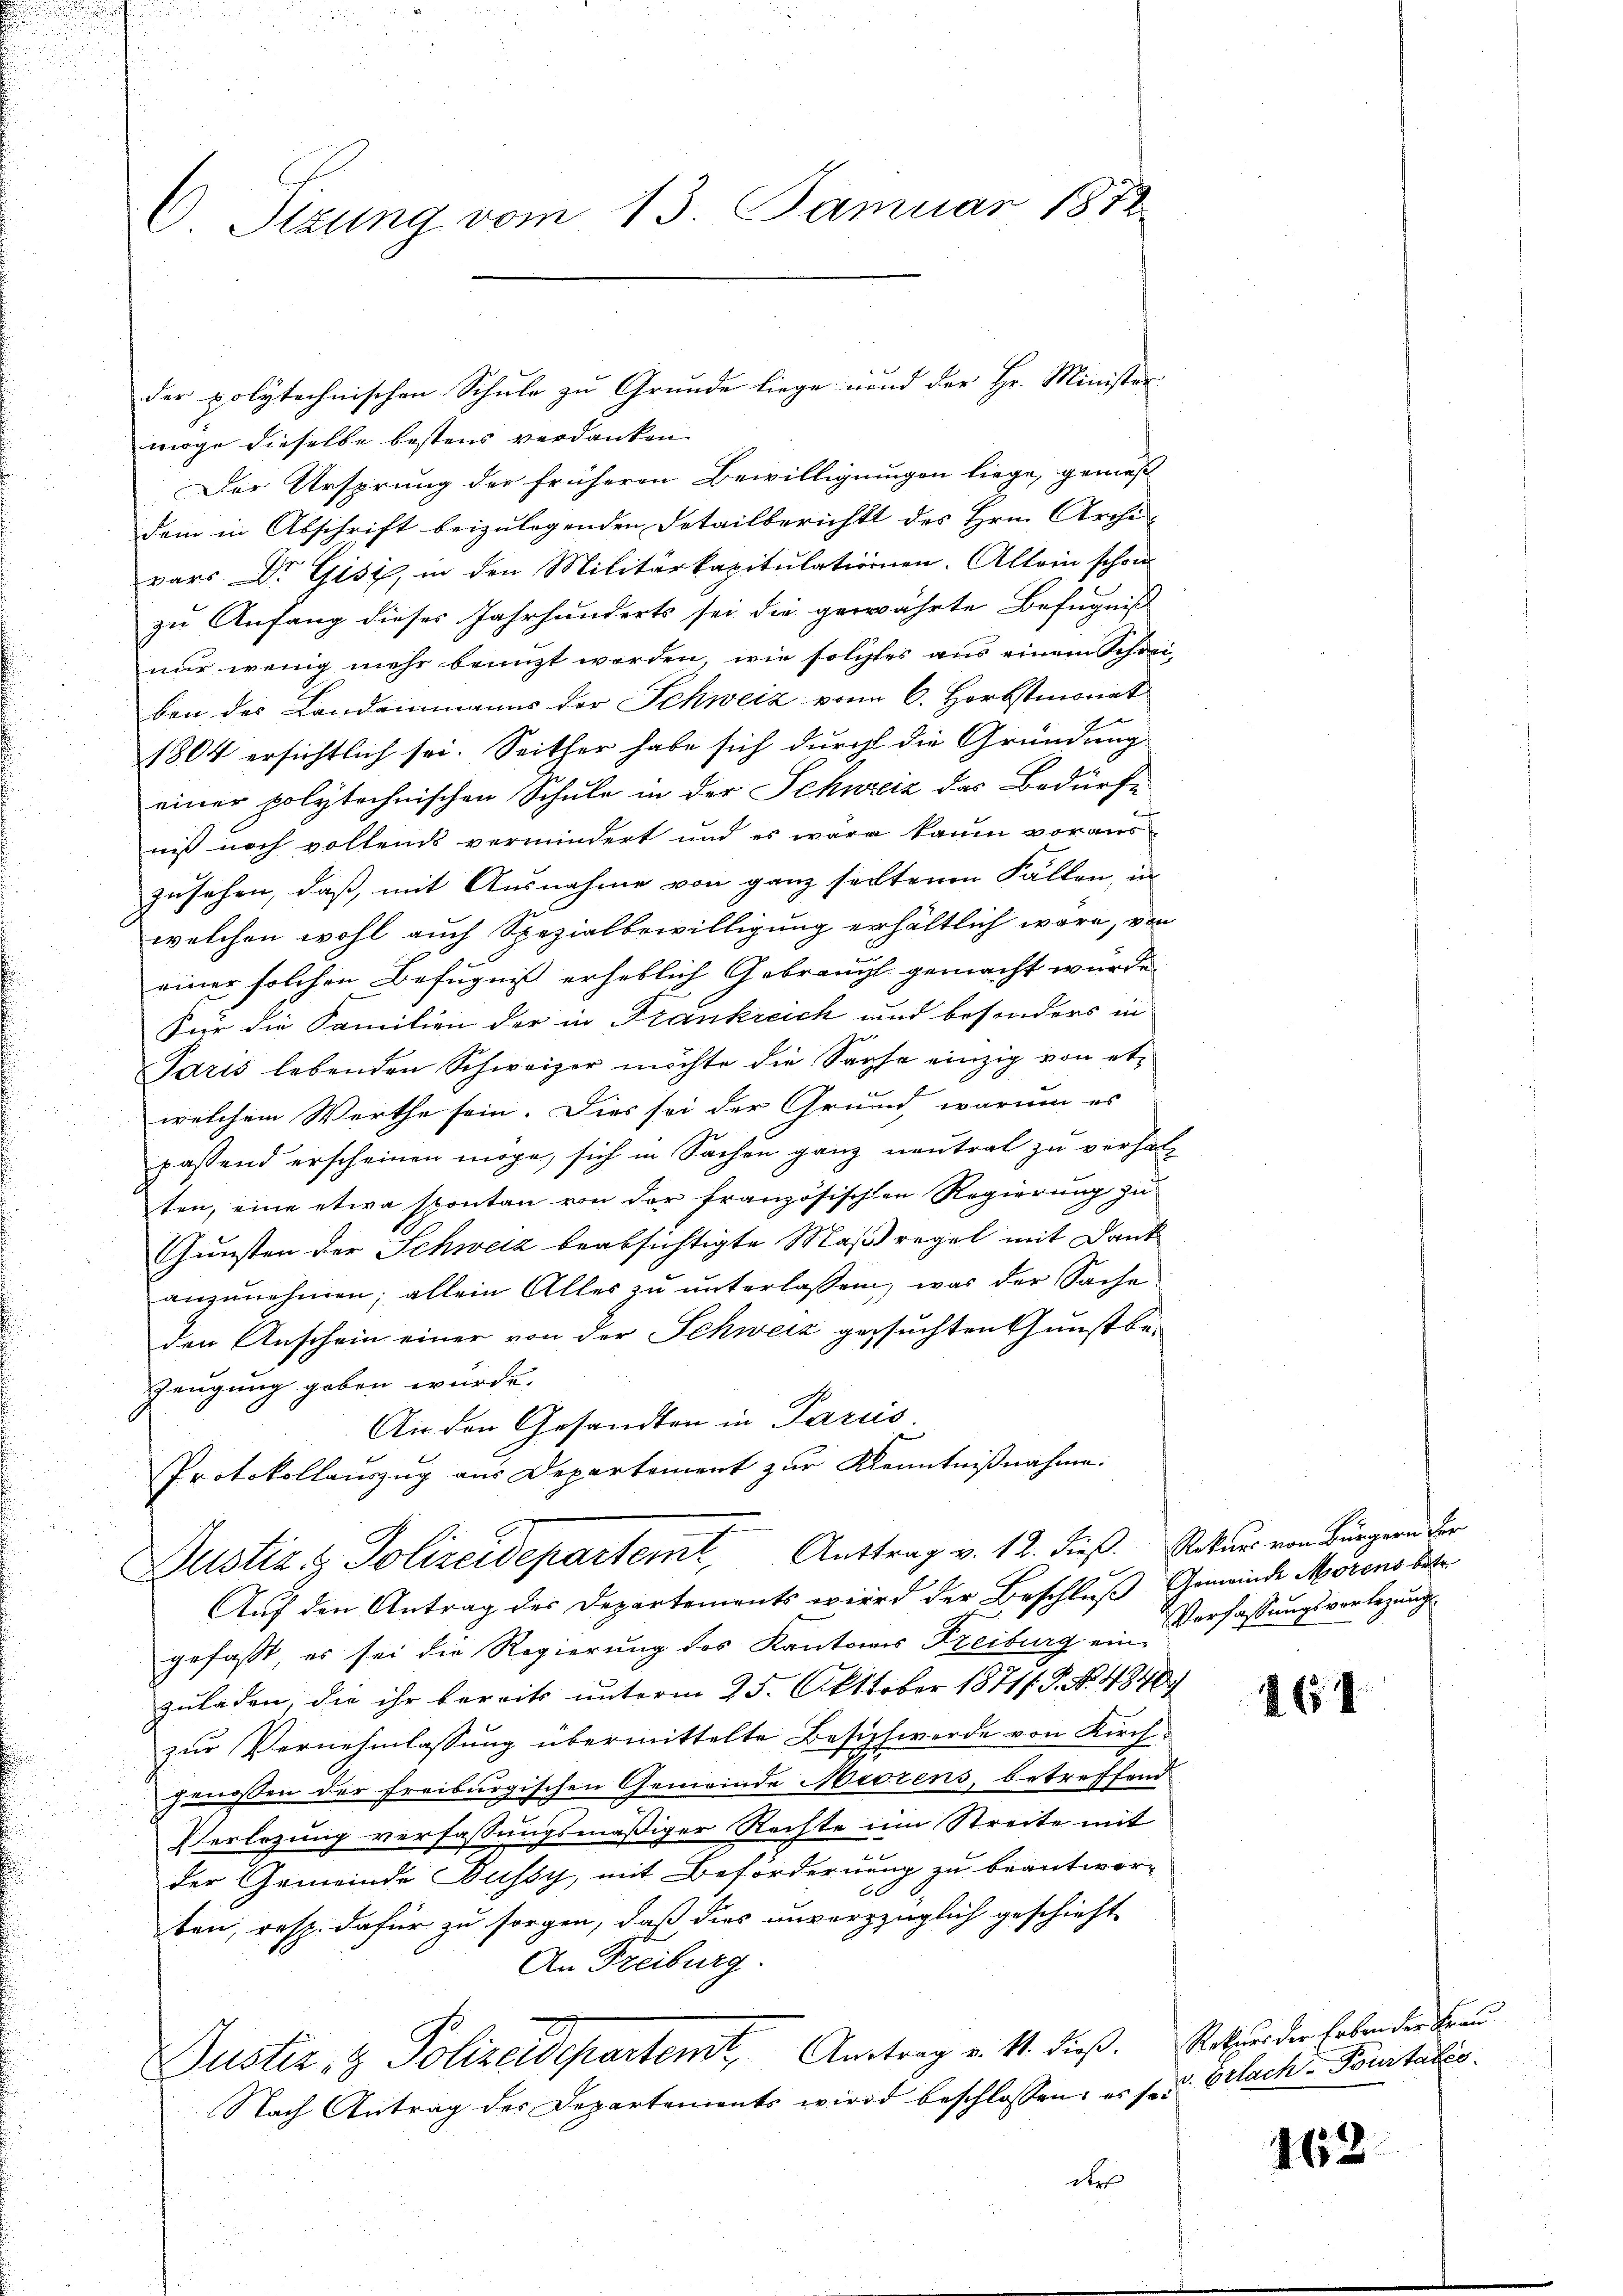
C. Sizung vom 13. Januar 1872.

der polytechnischen Schule zu Grunde liege und der Hr. Minister
möge dieselbe bestens verdanken
Der Ursprung der früheren Bewilligungen liege, gemäß
dem in Abschrift beizulegenden Detailberichts des Hrn. Archi-
vars Dr. Gisi, in den Militärkapitulationen. Allein schon
zu Anfang dieses Jahrhunderts sei die gewährte Befugniß
nur wenig mehr benuzt worden, wie solches aus einem Schreiben des Landrinmanns der Schweiz von 6. Herbstmonat
1804 ersichtlich sei. Seither habe sich durch die Gründung
einer polytechnischen Schule in der Schweiz das Bedürfe
niß noch vollends vermindert und es wäre kaum voraus-
zusehen, daß, mit Ausnahme von ganz seltenen Fällen, in
welchen wohl auch Spezialbewilligung erhältlich wäre, von
einer solchen Befugniß erheblich Gebraucht gemacht wurde.
Für die Familien der in Frankreich und besonders in
Paris lebenden Schweizer möchte die Sache einzig von etwelchem Werthe sein. Dies sei der Grund warum es
passend erscheinen möge, sich in Sachen ganz neutral zu verhalten, eine etwa spontan von der französischen Regierung zu
Gunsten der Schweiz beabsichtigte Maßregel mit Dank
anzunehmen; allein Alles zu unterlassen, was der Sache
den Anschein einer von der Schweiz gesuchten Gunst be¬
Zeugung geben wurde.
An den Gesandten in Paris.
Protokollauszug aus Departement zur Kenntnißnahme.
Justiz & Polizeidepartemt, Anttrag v. 12. dieß. Rekur von Bürgern der
Auf den Antrag der Departements wird der Beschluß Gemeinde Morens betr.
gefaßt, es sei die Regierung des Kantons Freiburg ein Verfassungsvorlegung
zuladen, die ihr bereits unterm 25. Oktober 1871/. P. Nr. 4840.
zur Vernehmlassung übermittelte Besich werde von Kirchgenossen der Freiburgischen Gemeinde Meszens, betreffend
Verlegung verfassungsmäßiger Rechte im Streite mit
der Gemeinde Bussy, mit Beförderung zu beantword
ten, resp. dafür zu sorgen, daß dies unverzzüglich geschieht,
An Freiburg.
Puster- & Polizeidepartemt, Antrag v. 11. dieß.
Nach Antrag der Departements wird beschlossen: er so Erlach-Pourtatio
der

164

162

Rekurs der Erben der Frau